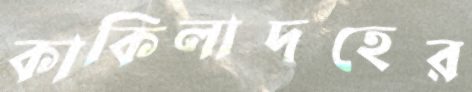
কাকিলাদহের